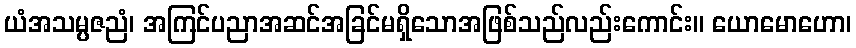
ယံအသမ္ပဇညံ၊ အကြင်ပညာအဆင်အခြင်မရှိသောအဖြစ်သည်လည်းကောင်း။ ယောမောဟော၊